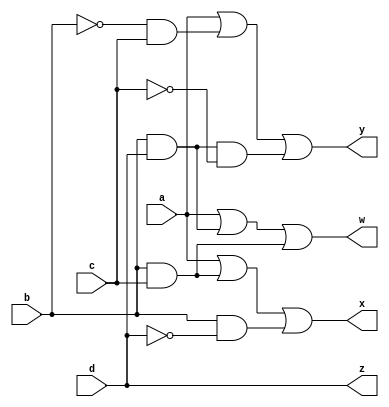
`timescale 1ns / 1ps

module inv(
    input a,
    input b,
    input c,
    input d,
    output w,
    output x,
    output y,
    output z
);
    
assign w = a | ( b & d ) | ( b & c);
assign x = a | ( b & c ) | ( b & ~d);
assign y = a | ( ~b & c ) | ( d & b & ~c );
assign z = d;
endmodule